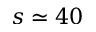
s \simeq 4 0